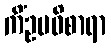
ကိံဥပဝိစာရာ